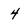
Character: 4